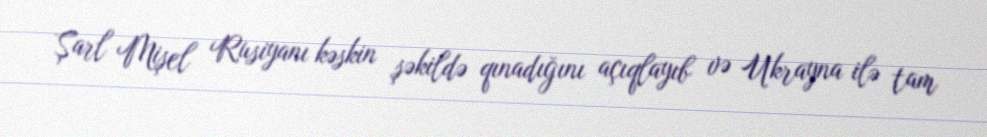
Şarl Mişel Rusiyanı kəskin şəkildə qınadığını açıqlayıb və Ukrayna ilə tam